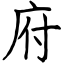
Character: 府